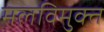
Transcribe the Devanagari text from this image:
मलविमुक्त